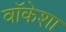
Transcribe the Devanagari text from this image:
वॉकेशा